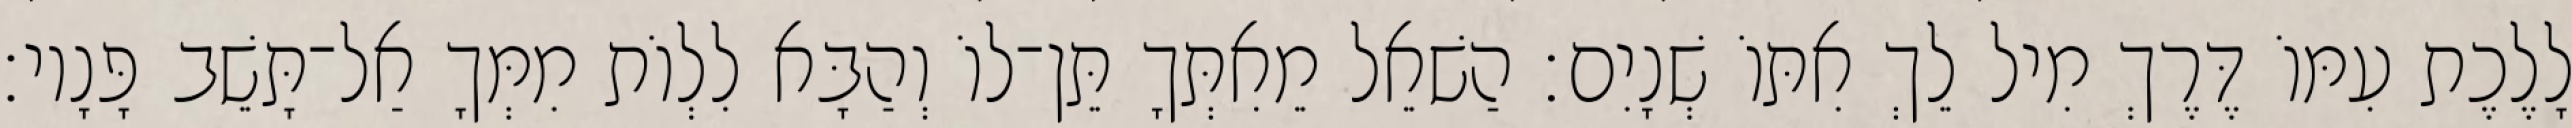
לָלֶכֶת עִמּוֹ דֶּרֶךְ מִיל לֵךְ אִתּוֹ שְׁנָיִם׃ הַשׁאֵל מֵאִתְּךָ תֵּן־לוֹ וְהַבָּא לִלְוֹת מִמְּךָ אַל־תָּשֵׁב פָּנָיו׃